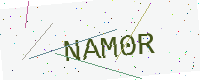
Text: NAM0R